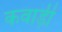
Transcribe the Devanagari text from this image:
कवाड़ी